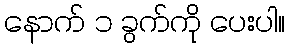
နောက် ၁ ခွက်ကို ပေးပါ။